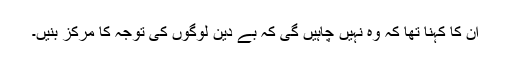
اُن کا کہنا تھا کہ وہ نہیں چاہیں گی کہ بے دین لوگوں کی توجہ کا مرکز بنیں۔